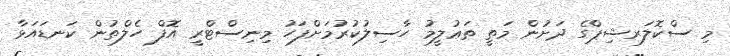
މި ސްކޮލަރޝިޕްގެ ދަށުން މަތީ ތަޢުލީމު ހާސިލުކުރުމަށްފަހު މިނިސްޓްރީ އޮފް ހެލްތުން ކަނޑައަޅާ